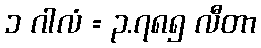
၁ ဂါလံ = ၃.၇၈၅ လီတာ